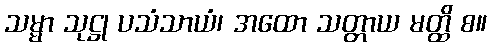
သမ္မာ သုဋ္ဌု ပသံသာယံ၊ အထော သတ္တာယ မတ္ထိ စ။